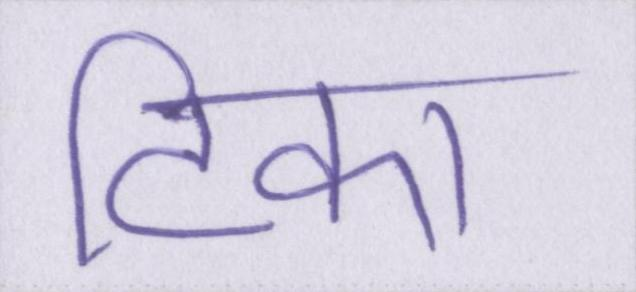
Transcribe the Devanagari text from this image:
टिका